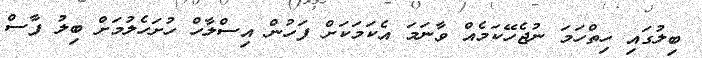
ބިލުގައި ހިތްހަމަ ނުޖެހޭކަމެއް ވާނަމަ އެކަމަކަށް ފަހުން އިސްލާހް ހުށަހެލުމަށް ބިލު ފާސް